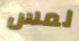
لمس